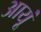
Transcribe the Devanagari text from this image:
आयूं